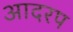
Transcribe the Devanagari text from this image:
आदरप